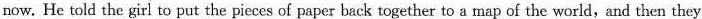
now. He told the girl to put the pieces of paper back together to a map of the world, and then they